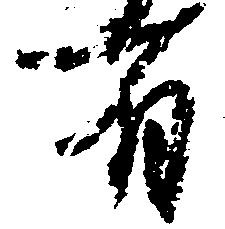
有